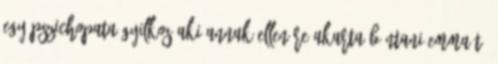
egy pszichopata gyilkos aki annak ellenére akarta bántani Emma-t,